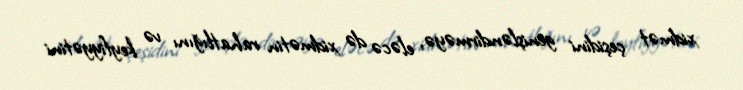
xidmət çeşidini genişləndirməyə, eləcə də xidmətin rahatlığını və keyfiyyətini